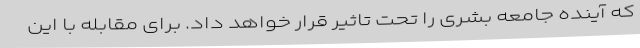
که آینده جامعه بشری را تحت تاثیر قرار خواهد داد. برای مقابله با این